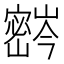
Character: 𫴚